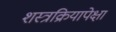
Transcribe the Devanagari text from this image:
शस्त्रक्रियापेक्षा